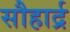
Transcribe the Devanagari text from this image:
सौहार्द्र